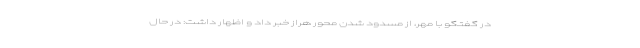
در گفتگو با مهر، از مسدود شدن محور هراز خبر داد و اظهار داشت: در حال